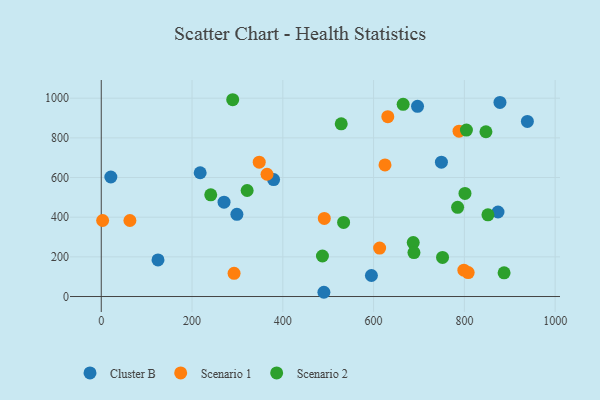
{"axis": {"x": "Investment", "y": "Exam Score"}, "legend": ["Cluster B", "Scenario 1", "Scenario 2"], "data": [{"x": "696.8", "y": 958.8, "type": "Cluster B"}, {"x": "938.8", "y": 883.0, "type": "Cluster B"}, {"x": "749.4", "y": 677.3, "type": "Cluster B"}, {"x": "595.2", "y": 106.1, "type": "Cluster B"}, {"x": "125.0", "y": 184.4, "type": "Cluster B"}, {"x": "21.1", "y": 602.7, "type": "Cluster B"}, {"x": "270.5", "y": 475.6, "type": "Cluster B"}, {"x": "874.1", "y": 426.1, "type": "Cluster B"}, {"x": "490.5", "y": 21.4, "type": "Cluster B"}, {"x": "878.4", "y": 978.7, "type": "Cluster B"}, {"x": "217.9", "y": 624.0, "type": "Cluster B"}, {"x": "379.7", "y": 589.9, "type": "Cluster B"}, {"x": "298.8", "y": 414.2, "type": "Cluster B"}, {"x": "625.1", "y": 663.3, "type": "Scenario 1"}, {"x": "631.3", "y": 906.8, "type": "Scenario 1"}, {"x": "292.6", "y": 116.8, "type": "Scenario 1"}, {"x": "63.1", "y": 383.2, "type": "Scenario 1"}, {"x": "491.4", "y": 393.7, "type": "Scenario 1"}, {"x": "613.3", "y": 244.2, "type": "Scenario 1"}, {"x": "365.2", "y": 616.6, "type": "Scenario 1"}, {"x": "788.2", "y": 833.6, "type": "Scenario 1"}, {"x": "808.4", "y": 120.6, "type": "Scenario 1"}, {"x": "348.0", "y": 677.3, "type": "Scenario 1"}, {"x": "3.0", "y": 383.2, "type": "Scenario 1"}, {"x": "798.9", "y": 132.9, "type": "Scenario 1"}, {"x": "528.7", "y": 870.8, "type": "Scenario 2"}, {"x": "801.3", "y": 519.6, "type": "Scenario 2"}, {"x": "851.9", "y": 412.1, "type": "Scenario 2"}, {"x": "751.9", "y": 196.9, "type": "Scenario 2"}, {"x": "533.9", "y": 373.7, "type": "Scenario 2"}, {"x": "887.5", "y": 119.3, "type": "Scenario 2"}, {"x": "847.5", "y": 830.9, "type": "Scenario 2"}, {"x": "665.1", "y": 969.2, "type": "Scenario 2"}, {"x": "487.3", "y": 204.3, "type": "Scenario 2"}, {"x": "321.4", "y": 534.5, "type": "Scenario 2"}, {"x": "687.3", "y": 272.1, "type": "Scenario 2"}, {"x": "289.6", "y": 992.3, "type": "Scenario 2"}, {"x": "804.5", "y": 839.4, "type": "Scenario 2"}, {"x": "241.2", "y": 512.8, "type": "Scenario 2"}, {"x": "688.9", "y": 221.8, "type": "Scenario 2"}, {"x": "785.1", "y": 449.9, "type": "Scenario 2"}]}